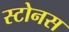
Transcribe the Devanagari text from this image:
स्टोनस